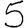
Digit: 5